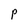
Character: P